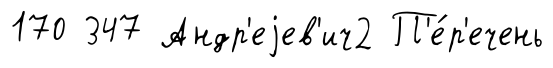
170 347 Андр'еjев'ич2 П'е́р'ечень